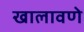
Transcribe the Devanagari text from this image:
खालावणे